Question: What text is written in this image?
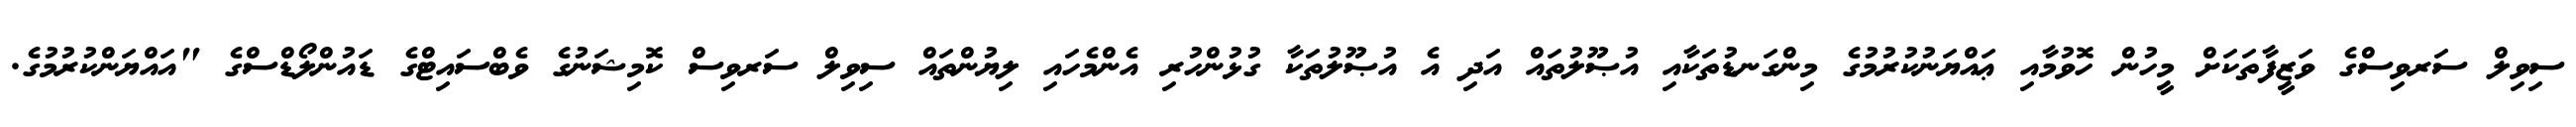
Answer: ސިވިލް ސަރވިސްގެ ވަޒީފާތަކަށް މީހުން ހޮވުމާއި ޢައްޔަނުކުރުމުގެ މިންގަނޑުތަކާއި އުޞޫލުތައް އަދި އެ އުޞޫލުތަކާ ގުޅުންހުރި އެންމެހައި ލިޔުންތައް ސިވިލް ސަރވިސް ކޮމިޝަނުގެ ވެބްސައިޓްގެ ޑައުންލޯޑްސްގެ "އައްޔަންކުރުމުގެ.